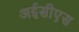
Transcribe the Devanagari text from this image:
अईसीएस